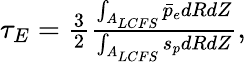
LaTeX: \begin{array}{r}{\tau_{E}=\frac{3}{2}\frac{\int_{A_{LCFS}}\bar{p}_{e}dRdZ}{\int_{A_{LCFS}}s_{p}dRdZ},}\end{array}